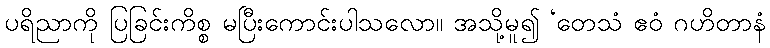
ပရိညာကို ပြခြင်းကိစ္စ မပြီးကောင်းပါသလော။ အသို့မူ၍ ‘တေသံ ဧဝံ ဂဟိတာနံ